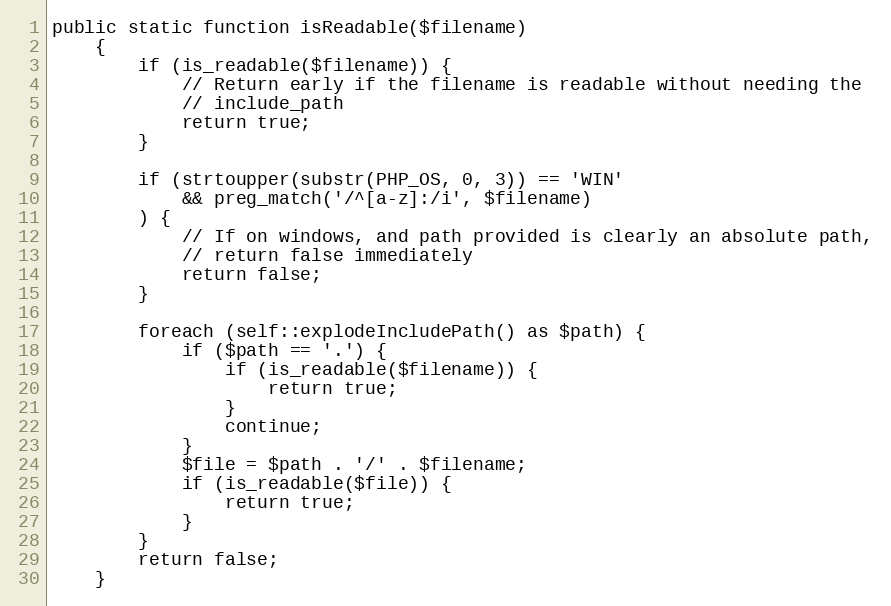
Language: PHP
public static function isReadable($filename)
    {
        if (is_readable($filename)) {
            // Return early if the filename is readable without needing the
            // include_path
            return true;
        }

        if (strtoupper(substr(PHP_OS, 0, 3)) == 'WIN'
            && preg_match('/^[a-z]:/i', $filename)
        ) {
            // If on windows, and path provided is clearly an absolute path,
            // return false immediately
            return false;
        }

        foreach (self::explodeIncludePath() as $path) {
            if ($path == '.') {
                if (is_readable($filename)) {
                    return true;
                }
                continue;
            }
            $file = $path . '/' . $filename;
            if (is_readable($file)) {
                return true;
            }
        }
        return false;
    }